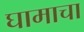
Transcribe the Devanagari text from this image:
घामाचा